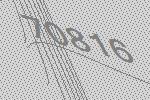
70816